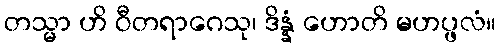
တသ္မာ ဟိ ဝီတရာဂေသု၊ ဒိန္နံ ဟောတိ မဟပ္ဖလံ။